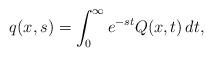
LaTeX: \begin{align*}q(x,s)=\int_{0}^{\infty} e^{-st} Q(x,t) \,dt,\end{align*}